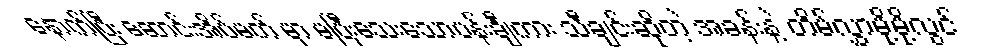
နောက်ပြီး ဆောင်းအိပ်မက် မှာ မပြီးသေးသောပန်းချီကား သီချင်းဆိုတဲ့ အခန်းနဲ့ တိမ်လွှာမို့မို့လွင်